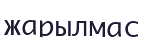
жарылмас